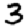
Digit: 3